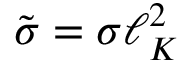
\tilde { \sigma } = \sigma \ell _ { K } ^ { 2 }